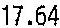
17.64